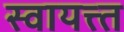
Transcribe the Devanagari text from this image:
स्वायत्त्त